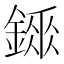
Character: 𨪼